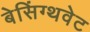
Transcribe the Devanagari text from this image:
बेसिंग्थवेट